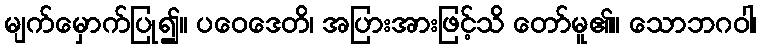
မျက်မှောက်ပြု၍။ ပဝေဒေတိ၊ အပြားအားဖြင့်သိ တော်မူ၏။ သောဘဂဝါ၊